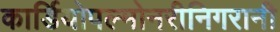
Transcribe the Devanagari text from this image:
कार्डियोपल्मोनरीनिगरानी